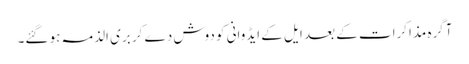
آگرہ مذاکرات کے بعد ایل کے ایڈوانی کو دوش دے کر بری الذمہ ہو گئے۔